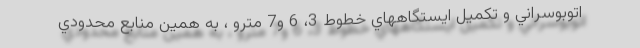
اتوبوسراني و تكميل ايستگاههاي خطوط 3، 6 و7 مترو ، به همين منابع محدودي